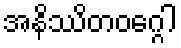
အနိဿိတဝဂ္ဂေါ